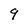
Character: 9